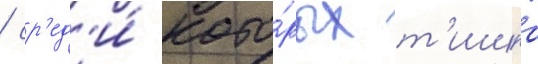
/ ср'ед'и́ кото́рых т'ишка